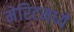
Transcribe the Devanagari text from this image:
मेरिटमध्ये